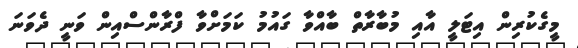
މީގެކުރިން އިޓަލީ އާއި މުބާރާތް ބާއްވާ ގައުމު ކަމަށްވާ ފްރާންސްއިން ވަނީ ދެވަނަ